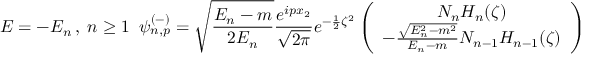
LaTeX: E = - E _ { n } \, , \; n \geq 1 \; \; \psi _ { n , p } ^ { ( - ) } = \sqrt { \frac { E _ { n } - m } { 2 E _ { n } } } \frac { e ^ { i p x _ { 2 } } } { \sqrt { 2 \pi } } e ^ { - \frac { 1 } { 2 } { \zeta } ^ { 2 } } \left( \begin{array} { c } { { N _ { n } H _ { n } ( \zeta ) } } \\ { { - \frac { \sqrt { E _ { n } ^ { 2 } - m ^ { 2 } } } { E _ { n } - m } N _ { n - 1 } H _ { n - 1 } ( \zeta ) } } \end{array} \right)